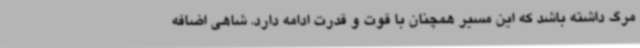
مرگ داشته باشد که این مسیر همچنان با قوت و قدرت ادامه دارد. شاهی اضافه